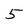
Character: 5